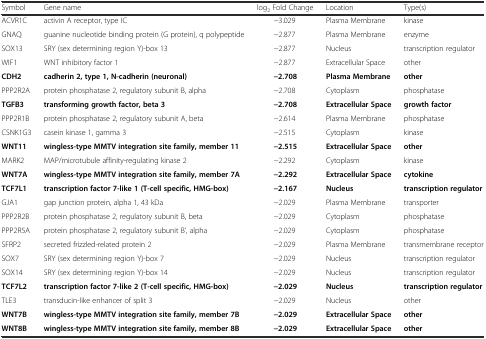
<table><thead><tr><td><b>Symbol</b></td><td><b>Gene name</b></td><td><b>log<sub>2</sub> Fold Change</b></td><td><b>Location</b></td><td><b>Type(s)</b></td></tr></thead><tbody><tr><td>ACVR1C</td><td>activin A receptor, type IC</td><td>−3.029</td><td>Plasma Membrane</td><td>kinase</td></tr><tr><td>GNAQ</td><td>guanine nucleotide binding protein (G protein), q polypeptide</td><td>−2.877</td><td>Plasma Membrane</td><td>enzyme</td></tr><tr><td>SOX13</td><td>SRY (sex determining region Y)-box 13</td><td>−2.877</td><td>Nucleus</td><td>transcription regulator</td></tr><tr><td>WIF1</td><td>WNT inhibitory factor 1</td><td>−2.877</td><td>Extracellular Space</td><td>other</td></tr><tr><td><b>CDH2</b></td><td><b>cadherin 2, type 1, N-cadherin (neuronal)</b></td><td><b>−2.708</b></td><td><b>Plasma Membrane</b></td><td><b>other</b></td></tr><tr><td>PPP2R2A</td><td>protein phosphatase 2, regulatory subunit B, alpha</td><td>−2.708</td><td>Cytoplasm</td><td>phosphatase</td></tr><tr><td><b>TGFB3</b></td><td><b>transforming growth factor, beta 3</b></td><td><b>−2.708</b></td><td><b>Extracellular Space</b></td><td><b>growth factor</b></td></tr><tr><td>PPP2R1B</td><td>protein phosphatase 2, regulatory subunit A, beta</td><td>−2.614</td><td>Plasma Membrane</td><td>phosphatase</td></tr><tr><td>CSNK1G3</td><td>casein kinase 1, gamma 3</td><td>−2.515</td><td>Cytoplasm</td><td>kinase</td></tr><tr><td><b>WNT11</b></td><td><b>wingless-type MMTV integration site family, member 11</b></td><td><b>−2.515</b></td><td><b>Extracellular Space</b></td><td><b>other</b></td></tr><tr><td>MARK2</td><td>MAP/microtubule affinity-regulating kinase 2</td><td>−2.292</td><td>Cytoplasm</td><td>kinase</td></tr><tr><td><b>WNT7A</b></td><td><b>wingless-type MMTV integration site family, member 7A</b></td><td><b>−2.292</b></td><td><b>Extracellular Space</b></td><td><b>cytokine</b></td></tr><tr><td><b>TCF7L1</b></td><td><b>transcription factor 7-like 1 (T-cell specific, HMG-box)</b></td><td><b>−2.167</b></td><td><b>Nucleus</b></td><td><b>transcription regulator</b></td></tr><tr><td>GJA1</td><td>gap junction protein, alpha 1, 43 kDa</td><td>−2.029</td><td>Plasma Membrane</td><td>transporter</td></tr><tr><td>PPP2R2B</td><td>protein phosphatase 2, regulatory subunit B, beta</td><td>−2.029</td><td>Cytoplasm</td><td>phosphatase</td></tr><tr><td>PPP2R5A</td><td>protein phosphatase 2, regulatory subunit B’, alpha</td><td>−2.029</td><td>Cytoplasm</td><td>phosphatase</td></tr><tr><td>SFRP2</td><td>secreted frizzled-related protein 2</td><td>−2.029</td><td>Plasma Membrane</td><td>transmembrane receptor</td></tr><tr><td>SOX7</td><td>SRY (sex determining region Y)-box 7</td><td>−2.029</td><td>Nucleus</td><td>transcription regulator</td></tr><tr><td>SOX14</td><td>SRY (sex determining region Y)-box 14</td><td>−2.029</td><td>Nucleus</td><td>transcription regulator</td></tr><tr><td><b>TCF7L2</b></td><td><b>transcription factor 7-like 2 (T-cell specific, HMG-box)</b></td><td><b>−2.029</b></td><td><b>Nucleus</b></td><td><b>transcription regulator</b></td></tr><tr><td>TLE3</td><td>transducin-like enhancer of split 3</td><td>−2.029</td><td>Nucleus</td><td>other</td></tr><tr><td><b>WNT7B</b></td><td><b>wingless-type MMTV integration site family, member 7B</b></td><td><b>−2.029</b></td><td><b>Extracellular Space</b></td><td><b>other</b></td></tr><tr><td><b>WNT8B</b></td><td><b>wingless-type MMTV integration site family, member 8B</b></td><td><b>−2.029</b></td><td><b>Extracellular Space</b></td><td><b>other</b></td></tr></tbody></table>